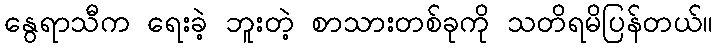
နွေရာသီက ရေးခဲ့ ဘူးတဲ့ စာသားတစ်ခုကို သတိရမိပြန်တယ်။